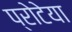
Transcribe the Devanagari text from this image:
प्रोटेया